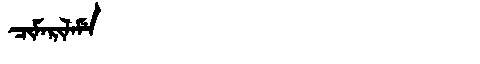
Manchu: ᠴᡳᠮᠠᡵᡳᠯᠠᠮᡝ
Romanization: CIMARILAME